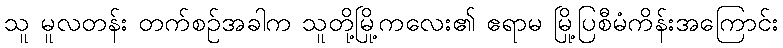
သူ မူလတန်း တက်စဉ်အခါက သူတို့မြို့ကလေး၏ ဧရာမ မြို့ပြစီမံကိန်းအကြောင်း